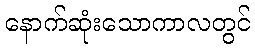
နောက်ဆုံးသောကာလတွင်